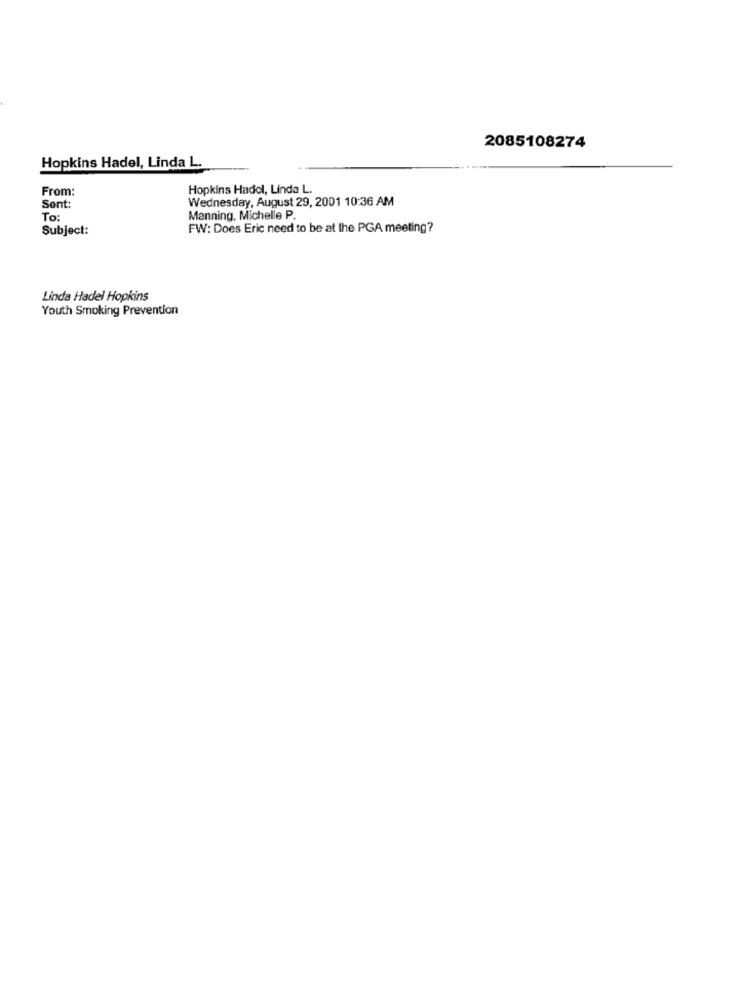
2085108274
Hopkins Hadel, Linda L.
From:
Hopkins Hadol, Linda L.
Wednesday, August 29, 2001 10:36 AM
Sent:
To:
Manning, Michelle P.
Subject:
FW: Does Eric need to be at the PGA meeting?
Linda Hadel Hopkins
Youth Smoking Prevention